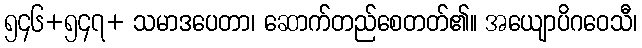
၅၄၆+၅၄၇+ သမာဒပေတာ၊ ဆောက်တည်စေတတ်၏။ အယျောပိဂဝေသီ၊